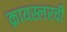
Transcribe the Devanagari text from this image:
क्रायस्लरची